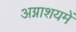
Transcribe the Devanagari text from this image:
अग्नाशयमें